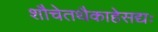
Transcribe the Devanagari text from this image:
शौचेतथैकाहेसद्यः